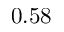
0 . 5 8